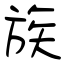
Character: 族